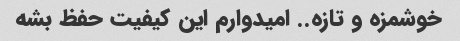
خوشمزه و تازه.. امیدوارم این کیفیت حفظ بشه